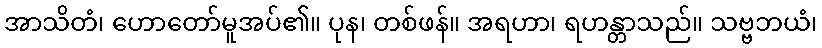
အာသိတံ၊ ဟောတော်မူအပ်၏။ ပုန၊ တစ်ဖန်။ အရဟာ၊ ရဟန္တာသည်။ သဗ္ဗဘယံ၊